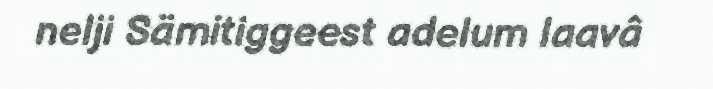
nelji Sämitiggeest adelum laavâ